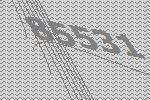
85531